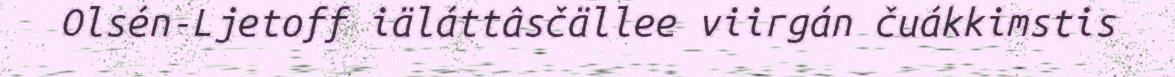
Olsén-Ljetoff iäláttâsčällee viirgán čuákkimstis